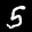
Label: 5